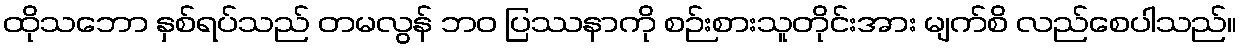
ထိုသဘော နှစ်ရပ်သည် တမလွန် ဘဝ ပြဿနာကို စဉ်းစားသူတိုင်းအား မျက်စိ လည်စေပါသည်။